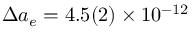
\Delta a _ { e } = 4 . 5 ( 2 ) \times 1 0 ^ { - 1 2 }